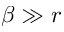
\beta \gg r